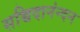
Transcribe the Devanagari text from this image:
सच्चिदानंन्दन